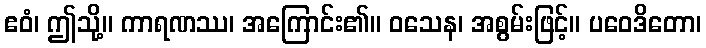
ဧဝံ၊ ဤသို့။ ကာရဏဿ၊ အကြောင်း၏။ ဝသေန၊ အစွမ်းဖြင့်။ ပဝေဒိတော၊